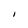
Character: I